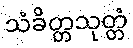
သံခိတ္တသုတ္တံ